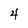
Character: 4